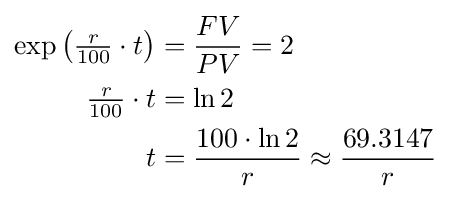
{\begin{aligned}\exp \left({\tfrac {r}{100}}\cdot t\right)&={\frac {FV}{PV}}=2\\{\tfrac {r}{100}}\cdot t&=\ln 2\\t&={\frac {100\cdot \ln 2}{r}}\approx {\frac {69.3147}{r}}\end{aligned}}